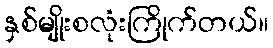
နှစ်မျိုးစလုံးကြိုက်တယ်။